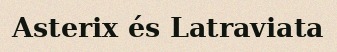
Asterix és Latraviata